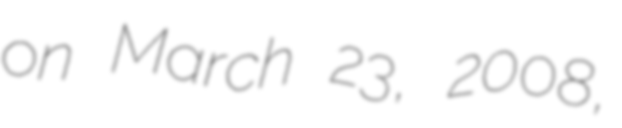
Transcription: on March 23, 2008,